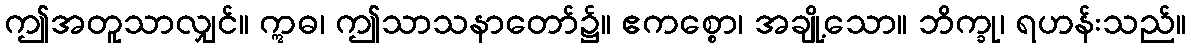
ဤအတူသာလျှင်။ ဣဓ၊ ဤသာသနာတော်၌။ ဧကစ္စော၊ အချို့သော။ ဘိက္ခု၊ ရဟန်းသည်။